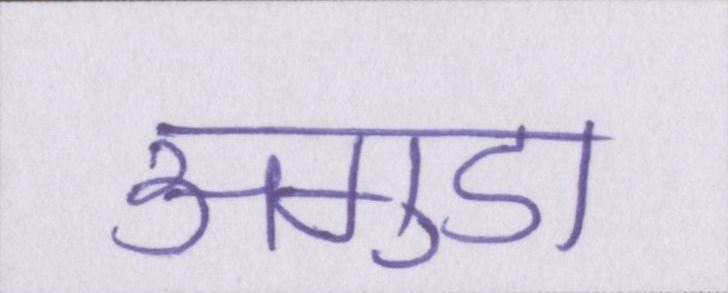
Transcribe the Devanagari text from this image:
अगुडा